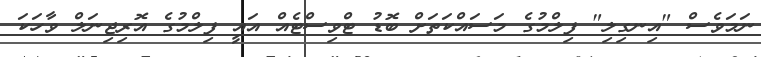
ނަމަވެސް "އިނގިލި" ފިލްމުގެ މަސައްކަތަށް ބޮޑު ޓްވިސްޓެއް އައީ ފިލްމުގެ އޮރިޖިނަލް ވާހަކަ